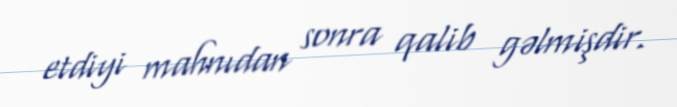
etdiyi mahnıdan sonra qalib gəlmişdir.